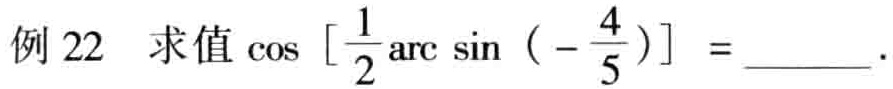
例 22 求值\(\cos\left[\frac{1}{2}\arcsin\left(-\frac{4}{5}\right)\right] =\)______.